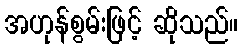
အဟုန်စွမ်းဖြင့် ဆိုသည်။